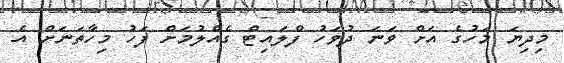
މިދިޔަ މަހުގެ އަށް ވަނަ ދުވަހު ފްލައިޓް ގެއްލުމަށް ފަހު މިހާތަނަށް އެ